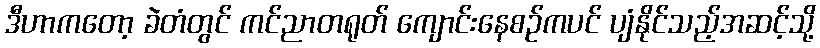
ဒီဟာကတော့ ခဲတံတွင် ကင်ညာတရုတ် ကျောင်းနေစဉ်ကပင် ပျံနိုင်သည့်အဆင့်သို့